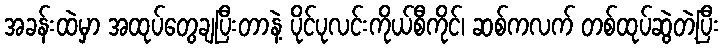
အခန်းထဲမှာ အထုပ်တွေချပြီးတာနဲ့ ပိုင်ပုလင်းကိုယ်စီကိုင်၊ ဆစ်ကလက် တစ်ထုပ်ဆွဲတဲ့ပြီး